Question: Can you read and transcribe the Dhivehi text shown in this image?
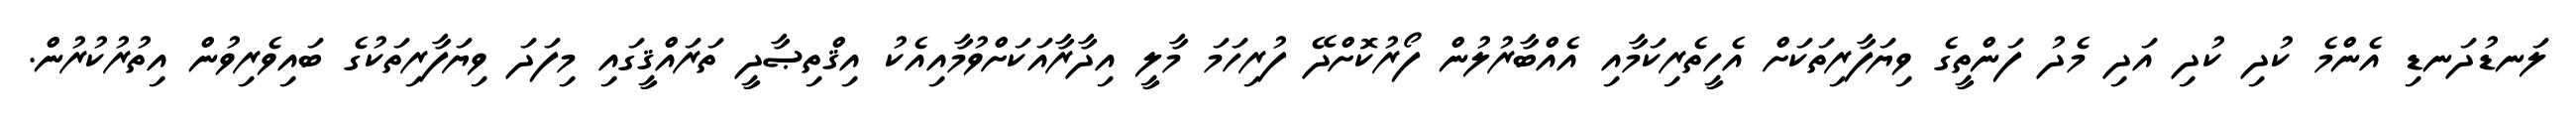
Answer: ލަނޑުދަނޑި އެންމެ ކުދި ކުދި އަދި މެދު ފަންތީގެ ވިޔަފާރިތަކަށް އެހީތެރިކަމާއި އެއްބާރުލުން ފޯރުކޮށްދޭ ފުރިހަމަ މާލީ އިދާރާއަކަށްވުމާއިއެކު އިޤްތިޞާދީ ތަރައްޤީގައި މިފަދަ ވިޔަފާރިތަކުގެ ބައިވެރިވުން އިތުރުކުރުން.